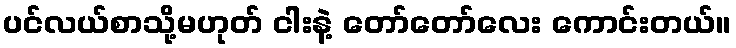
ပင်လယ်စာသို့မဟုတ် ငါးနဲ့ တော်တော်လေး ကောင်းတယ်။